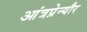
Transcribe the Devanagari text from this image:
आंत्रप्रेन्यौर